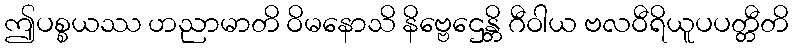
ဤပစ္စယဿ ဟညာမာတိ ဝိမနောသိ နိဗ္ဗေဌေန္တိ ဂီဝါယ ဗလဝီရိယူပပတ္တီတိ